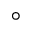
^ \circ